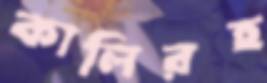
কালিরহ